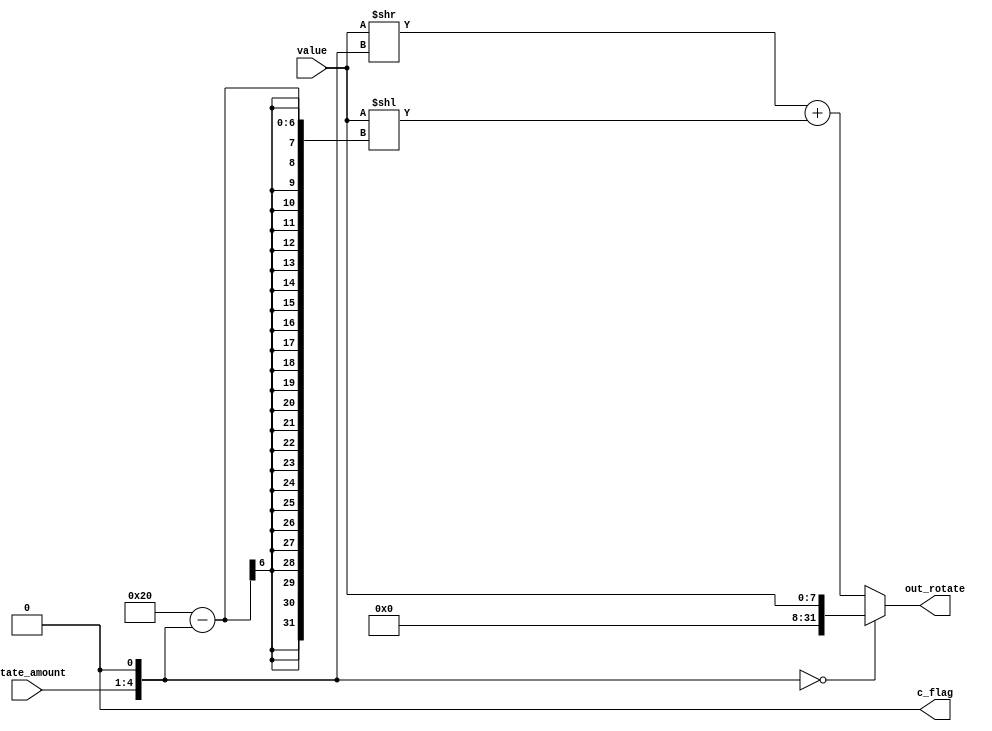
/* Rotate immediate value

	Input:
		rotate_amount	: 4-bit rotating amount
		value				: 8-bit rotating value
	
	Output:
		out_rotate		: 32-bit rotated value
		c_flag: carried-out bit
*/
module rotate ( 
	input wire [3:0] rotate_amount, 
	input wire [7:0] value,
	output wire [31:0] out_rotate,
	output wire c_flag
	);
	
	reg [31:0] out;
	wire [31:0] temp_value;
	wire [4:0] true_rot;
	
	assign out_rotate = out;
	assign true_rot = {rotate_amount,1'b0};
	assign temp_value = {24'b0,value};
	assign c_flag = 0;
	
	always @(*) begin	
		if (true_rot == 0) out = temp_value;
		else out = ((temp_value >> true_rot) + (temp_value << (32 - true_rot)));
	end
			
endmodule